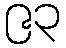
၉၃